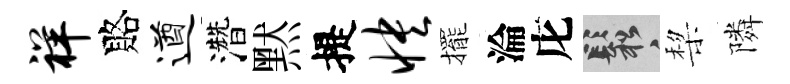
祥賂遒濳黙提怏擺淪庀鬆棃隣